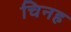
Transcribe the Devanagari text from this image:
चिनह